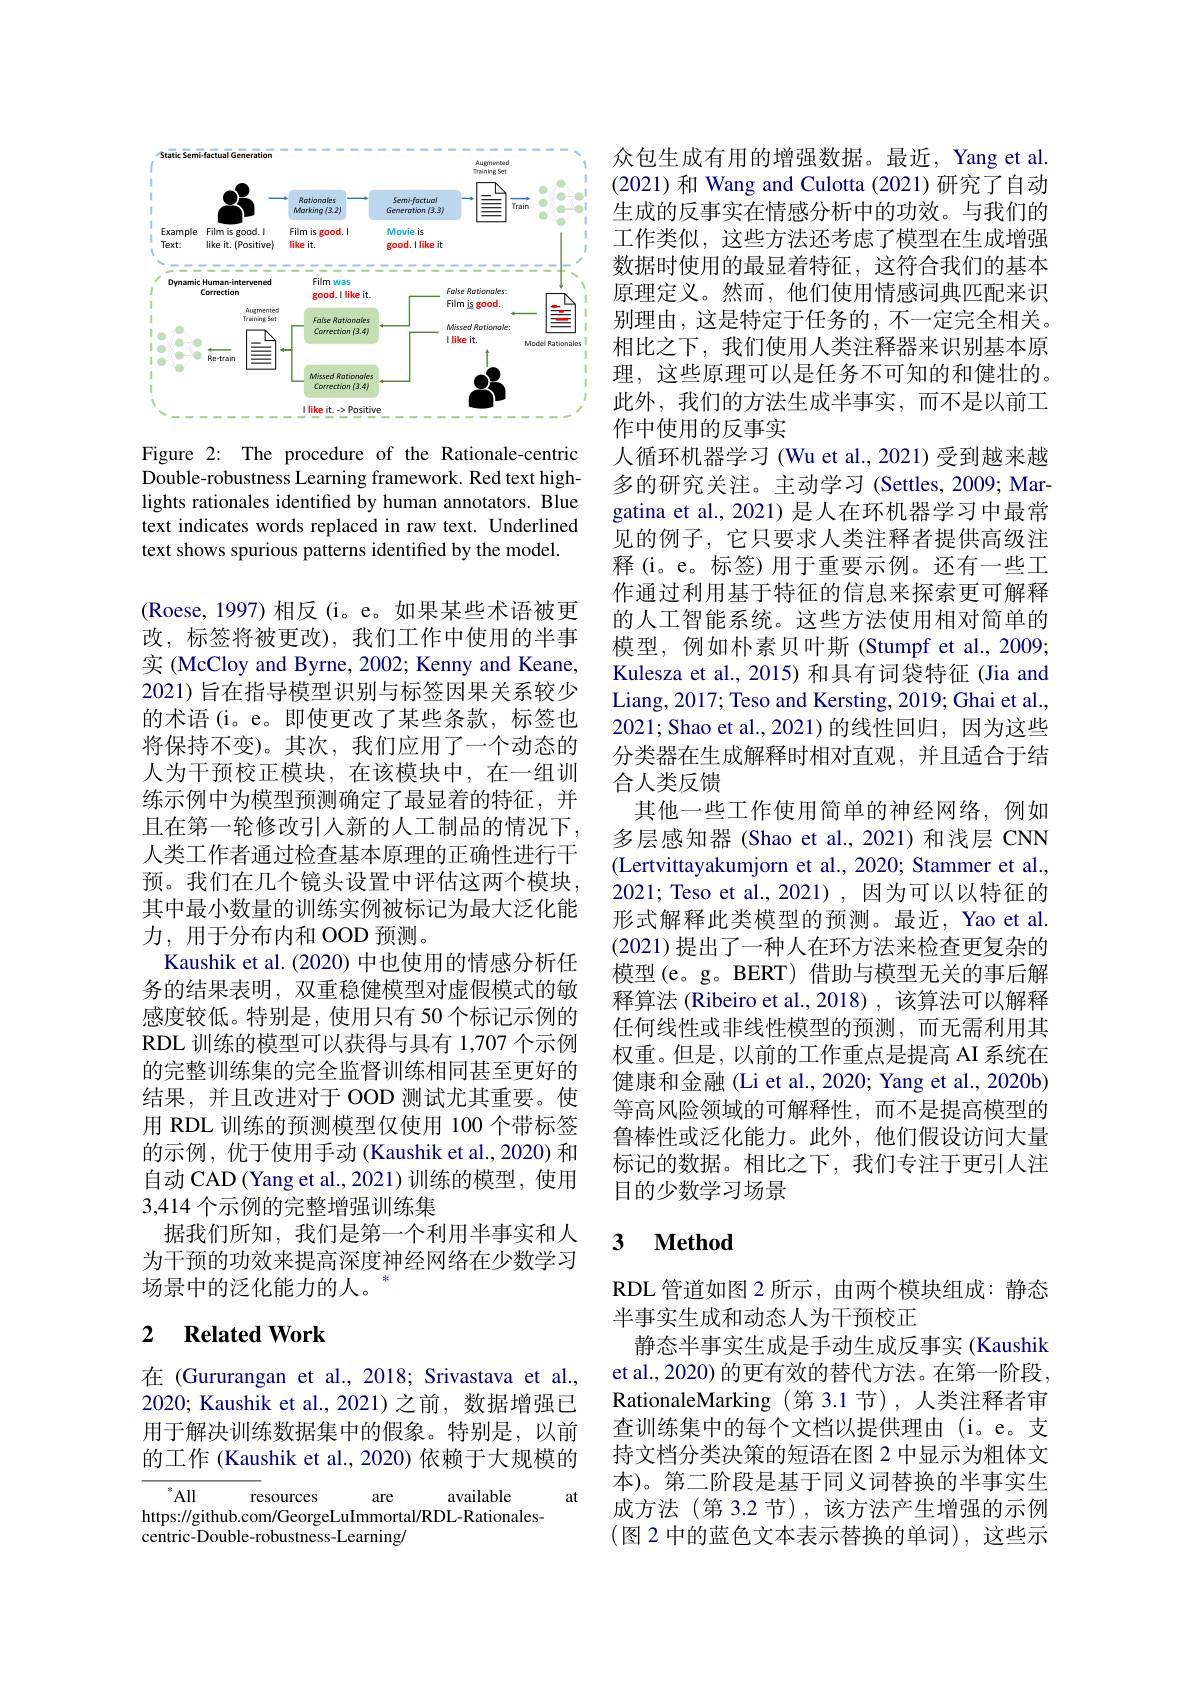
<FigureHere>

Figure 2: The procedure of the Rationale-centric Double-robustness Learning framework. Red text highlights rationales identified by human annotators. Blue text indicates words replaced in raw text. Underlined text shows spurious patterns identified by the model.

(Roese,1997)相反(i。e。如果某些术语被更改，标签将被更改),我们工作中使用的半事实 (McCloy and Byrne, 2002; Kenny and Keane, 2021) 旨在指导模型识别与标签因果关系较少的术语(i。e。即使更改了某些条款，标签也将保持不变)。其次，我们应用了一个动态的人为干预校正模块，在该模块中，在一组训练示例中为模型预测确定了最显着的特征，并且在第一轮修改引入新的人工制品的情况下， 人类工作者通过检查基本原理的正确性进行干预。我们在几个镜头设置中评估这两个模块， 其中最小数量的训练实例被标记为最大泛化能力，用于分布内和 OOD 预测。
Kaushik et al. (2020) 中也使用的情感分析任务的结果表明，双重稳健模型对虚假模式的敏感度较低。特别是，使用只有 50 个标记示例的RDL 训练的模型可以获得与具有 1,707 个示例的完整训练集的完全监督训练相同甚至更好的结果，并且改进对于 OOD 测试尤其重要。使用 RDL 训练的预测模型仅使用 100 个带标签的示例，优于使用手动(Kaushik et al., 2020) 和自动 CAD (Yang et al., 2021) 训练的模型，使用3,414 个示例的完整增强训练集
据我们所知，我们是第一个利用半事实和人为干预的功效来提高深度神经网络在少数学习场景中的泛化能力的人。

## 2 $\textbf{Related Work}$

在 (Gururangan et al.,2018; Srivastava et al., 2020; Kaushik et al., 2021) 之前，数据增强已用于解决训练数据集中的假象。特别是，以前的工作 (Kaushik et al., 2020) 依赖于大规模的

$^*$All
resources
available
at
are
https://github.com/GeorgeLuImmortal/RDL-Rationales-
centric-Double-robustness-Learning/

众包生成有用的增强数据。最近，Yang et al. (2021)和 Wang and Culotta (2021)研究了自动生成的反事实在情感分析中的功效。与我们的工作类似，这些方法还考虑了模型在生成增强数据时使用的最显着特征，这符合我们的基本原理定义。然而，他们使用情感词典匹配来识别理由，这是特定于任务的，不一定完全相关。相比之下，我们使用人类注释器来识别基本原理，这些原理可以是任务不可知的和健壮的。此外，我们的方法生成半事实，而不是以前工作中使用的反事实
人循环机器学习 (Wu et al., 2021) 受到越来越多的研究关注。主动学习(Settles,2009; Margatina et al.,2021)是人在环机器学习中最常见的例子，它只要求人类注释者提供高级注释(i。e。标签)用于重要示例。还有一些工作通过利用基于特征的信息来探索更可解释的人工智能系统。这些方法使用相对简单的模型，例如朴素贝叶斯(Stumpf et al.,2009; Kulesza et al., 2015) 和具有词袋特征 (Jia and Liang, 2017; Teso and Kersting, 2019; Ghai et al. 2021; Shao et al.,2021)的线性回归，因为这些分类器在生成解释时相对直观，并且适合于结合人类反馈
其他一些工作使用简单的神经网络，例如多层感知器 (Shao et al.,2021)和浅层 CNN (Lertvittayakumjorn et al., 2020; Stammer et al., 2021; Teso et al., 2021), 因为可以以特征的形式解释此类模型的预测。最近，Yao et al. (2021)提出了一种人在环方法来检查更复杂的模型(e。g。BERT) 借助与模型无关的事后解释算法 (Ribeiro et al.,2018) ,该算法可以解释任何线性或非线性模型的预测，而无需利用其权重。但是，以前的工作重点是提高 AI 系统在健康和金融(Li et al., 2020; Yang et al., 2020b) 等高风险领域的可解释性，而不是提高模型的鲁棒性或泛化能力。此外，他们假设访问大量标记的数据。相比之下，我们专注于更引人注目的少数学习场景

## 3 $\mathbf{Method}$

RDL 管道如图 2 所示 , 由两个模块组成：静态
半事实生成和动态人为干预校正
静态半事实生成是手动生成反事实(Kaushik et al., 2020) 的更有效的替代方法。在第一阶段， RationaleMarking (第 3.1节),人类注释者审查训练集中的每个文档以提供理由(i。e。支持文档分类决策的短语在图 2 中显示为粗体文本)。第二阶段是基于同义词替换的半事实生成方法(第 3.2 节),该方法产生增强的示例(图 2 中的蓝色文本表示替换的单词),这些示